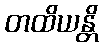
တထိယန္တိ